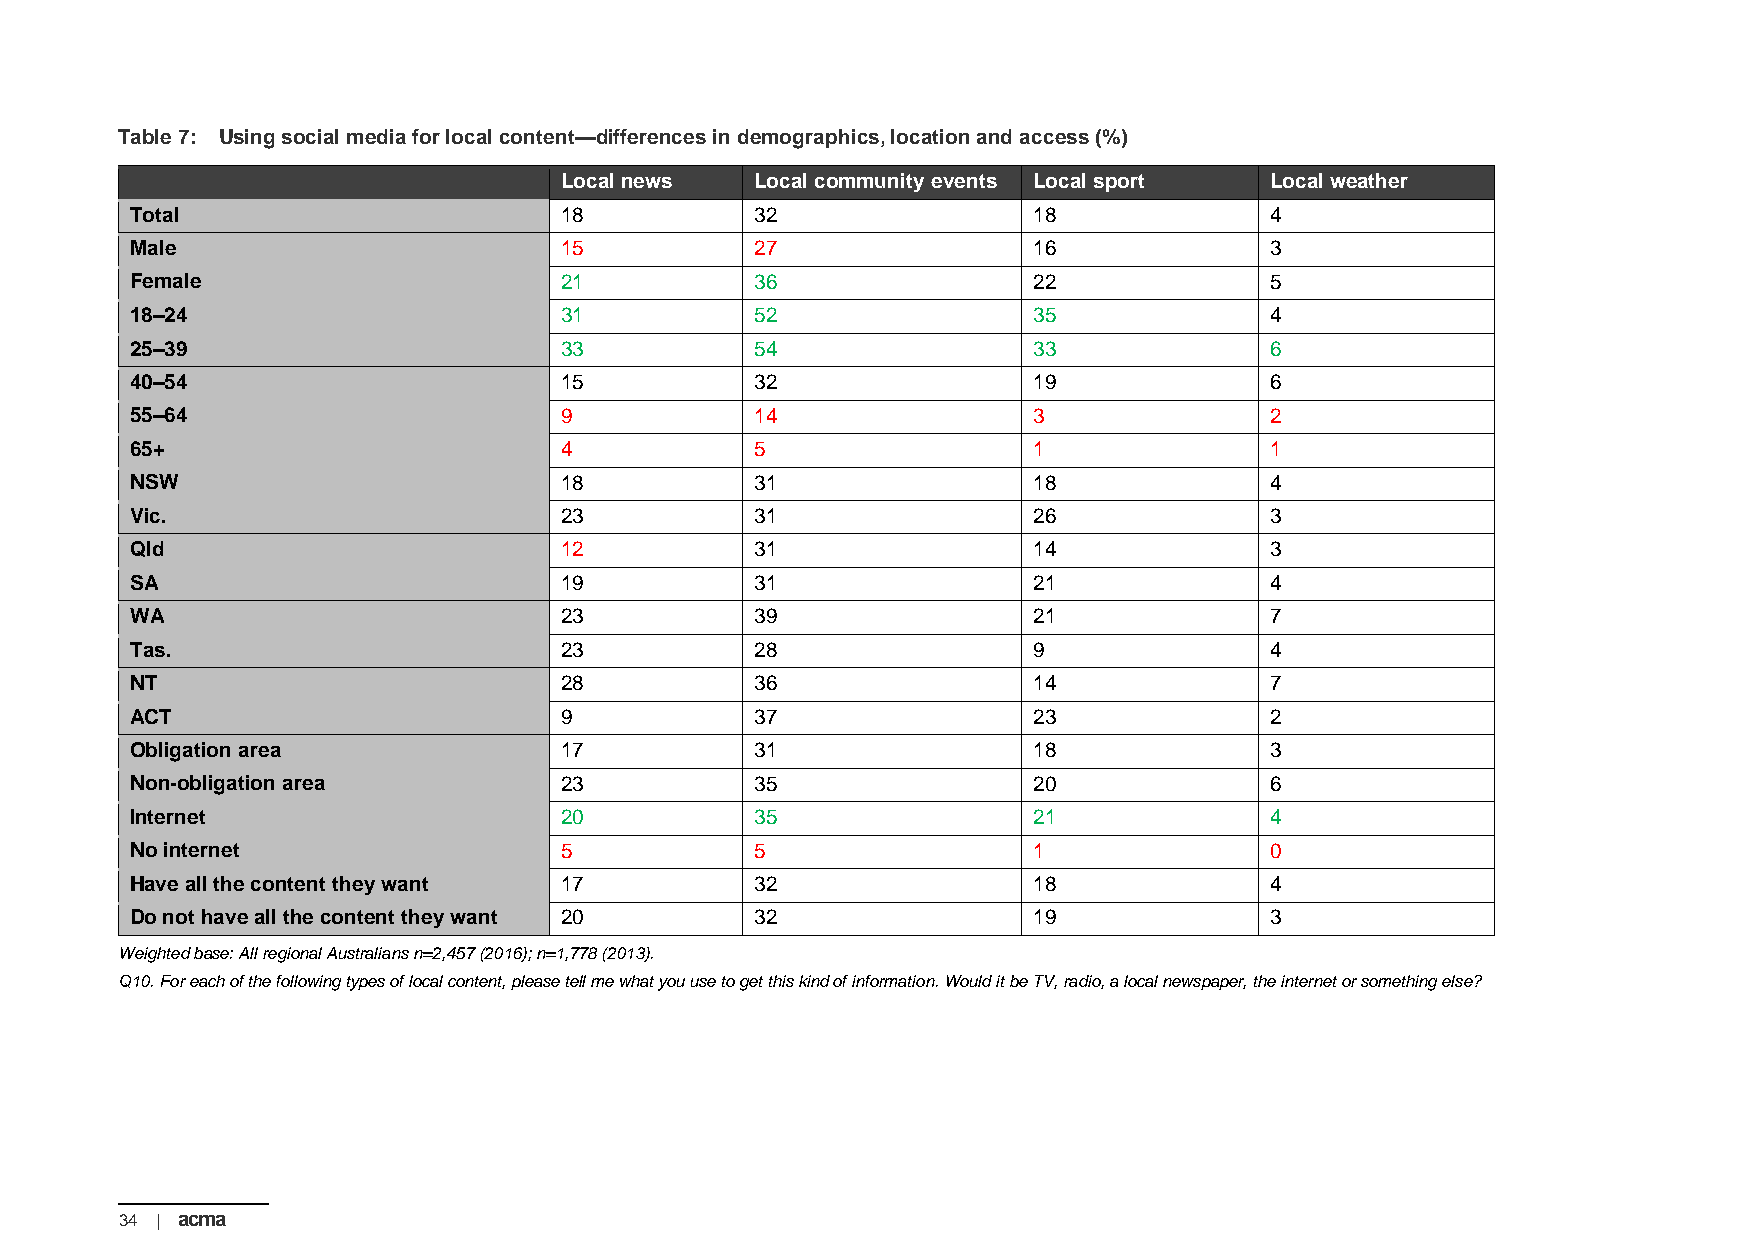
Table 7: Using social media for local content—differences in demographics, location and access (%)
 Local news   Local community events Local sport Local weather
 Total                       18           32                18              4
 Male                        15           27                16              3
 Female                      21           36                22              5
 18–24                       31           52                35              4
 25–39                       33           54                33              6
 40–54                       15           32                19              6
 55–64                       9            14                3               2
 65+                         4            5                 1               1
 NSW                         18           31                18              4
 Vic.                        23           31                26              3
 Qld                         12           31                14              3
 SA                          19           31                21              4
 WA                          23           39                21              7
 Tas.                        23           28                9               4
 NT                          28           36                14              7
 ACT                         9            37                23              2
 Obligation area             17           31                18              3
 Non-obligation area         23           35                20              6
 Internet                    20           35                21              4
 No internet                 5            5                 1               0
 Have all the content they want 17        32                18              4
 Do not have all the content they want 20 32                19              3
 Weighted base: All regional Australians n=2,457 (2016); n=1,778 (2013).
 Q10. For each of the following types of local content, please tell me what you use to get this kind of information. Would it be TV, radio, a local newspaper, the internet or something else?
 34 | acma